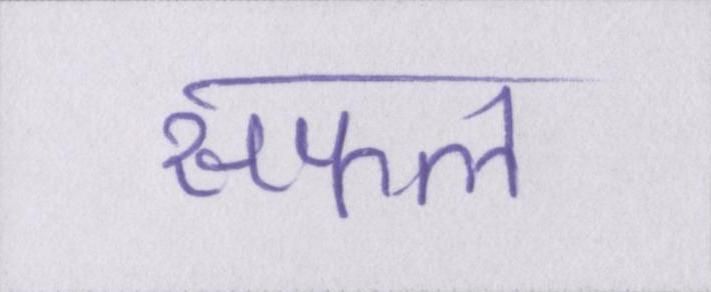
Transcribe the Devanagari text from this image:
सफल